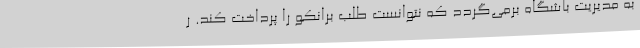
به مدیریت باشگاه برمی‌گردد که نتوانست طلب برانکو را پرداخت کند. ر